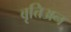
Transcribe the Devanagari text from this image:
बृत्तिअन